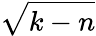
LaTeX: \sqrt{k-n}